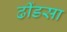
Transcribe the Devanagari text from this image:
ढींडसा